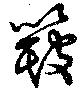
簸